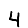
Digit: 4